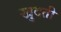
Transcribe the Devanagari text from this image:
खुदती